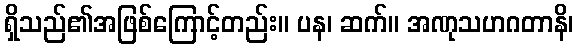
ရှိသည်၏အဖြစ်ကြောင့်တည်း။ ပန၊ ဆက်။ အဏုသဟဂတာနိ၊